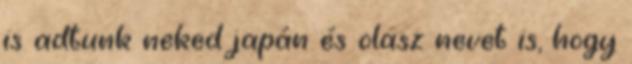
is adtunk neked japán és olasz nevet is, hogy